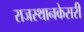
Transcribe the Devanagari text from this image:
राजस्थानकेसरी